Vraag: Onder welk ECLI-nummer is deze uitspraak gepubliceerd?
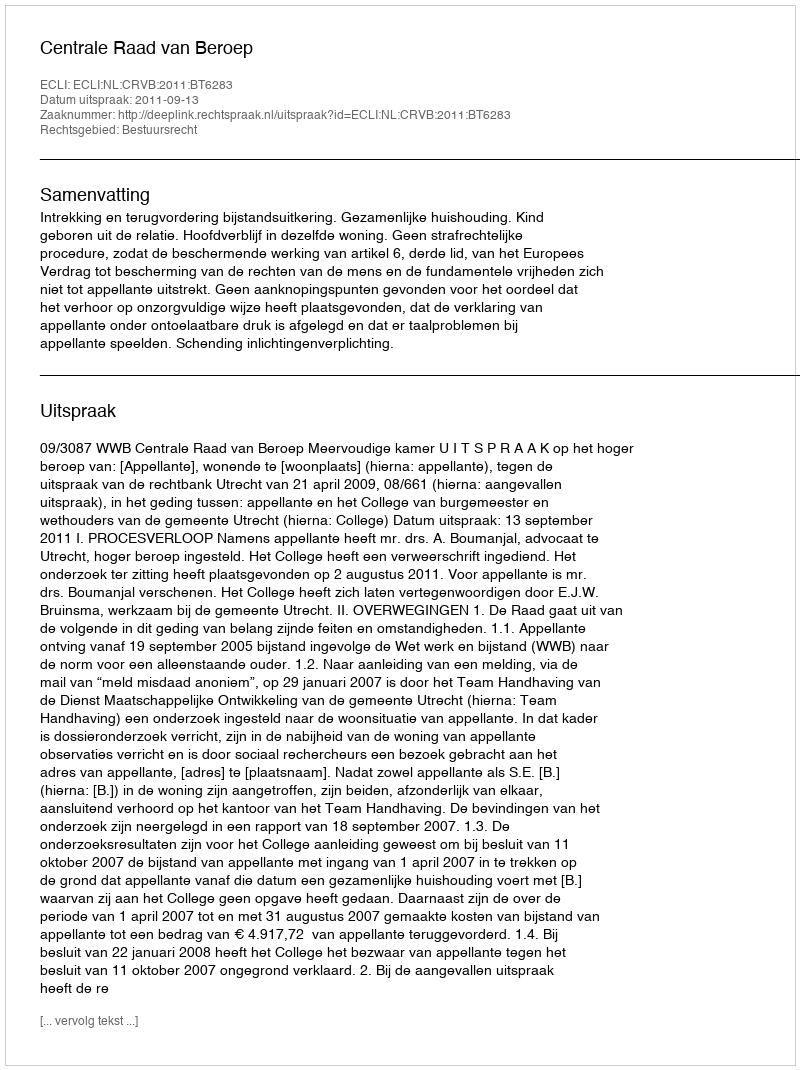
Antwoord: ECLI:NL:CRVB:2011:BT6283